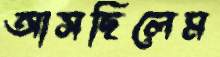
আসছিলেম